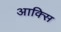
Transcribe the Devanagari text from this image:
आक्सि